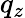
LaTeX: q_{z}